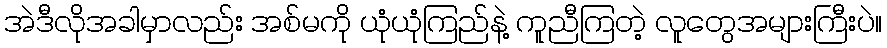
အဲဒီလိုအခါမှာလည်း အစ်မကို ယုံယုံကြည်နဲ့ ကူညီကြတဲ့ လူတွေအများကြီးပဲ။